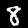
Label: 8